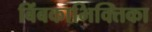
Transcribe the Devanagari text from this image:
बिंबकाभिक्तिका